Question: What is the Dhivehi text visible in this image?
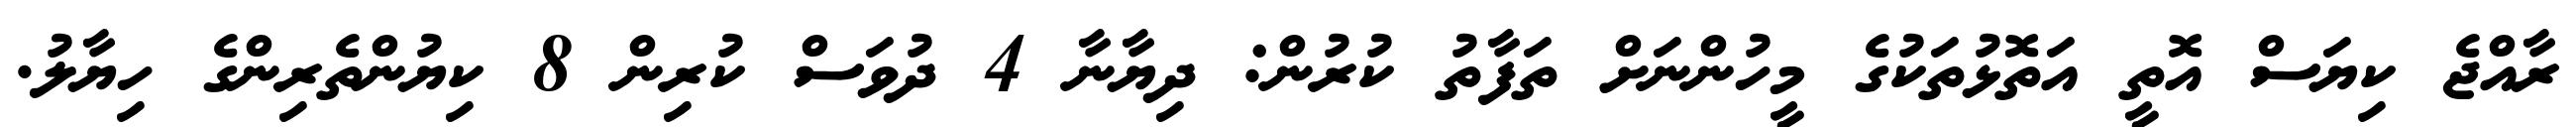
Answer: ރާއްޖެ ކިޔަސް އޮތީ އަތޮޅުތަކުގެ މީހުންނަށް ތަފާތު ކުރުން: ދިޔާނާ 4 ދުވަސް ކުރިން 8 ކިޔުންތެރިންގެ ހިޔާލު.